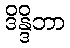
ဒိန္ဒိဘာ